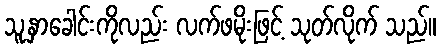
သူ့နှာခေါင်းကိုလည်း လက်ဖမိုးဖြင့် သုတ်လိုက် သည်။